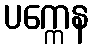
ပက္ကေန